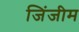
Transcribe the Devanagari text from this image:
जिंजीम